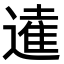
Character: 𨖫